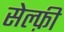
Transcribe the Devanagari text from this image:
सेल्फ़ी